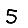
Digit: 5